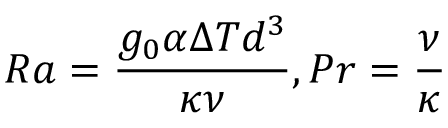
R a = \frac { g _ { 0 } \alpha \Delta T d ^ { 3 } } { \kappa \nu } , P r = \frac { \nu } { \kappa }